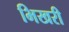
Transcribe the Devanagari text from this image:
भिखरी